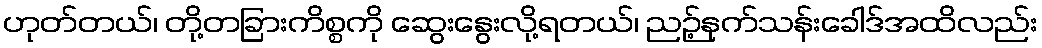
ဟုတ်တယ်၊ တို့တခြားကိစ္စကို ဆွေးနွေးလို့ရတယ်၊ ညဉ့်နက်သန်းခေါဒ်အထိလည်း